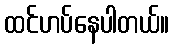
ထင်ဟပ်နေပါတယ်။